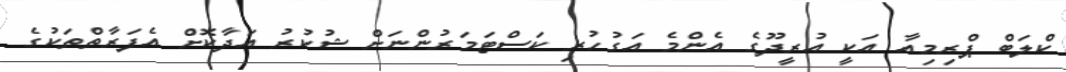
ކްލަބް ޕްރިމިއާ އަކީ އުރީދޫގެ އެންމެ އަގުހުރި ކަސްޓަމަރުންނަށް ޝުކުރު އަދާކޮށް އެފަރާތްތަކުގެ